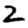
Digit: 2